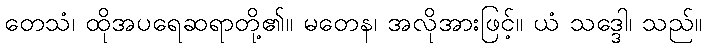
တေသံ၊ ထိုအပရေဆရာတို့၏။ မတေန၊ အလိုအားဖြင့်။ ယံ သဒ္ဒေါ၊ သည်။